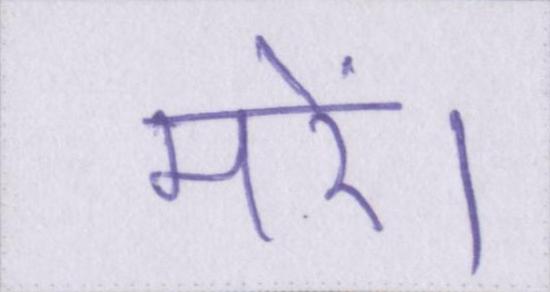
मरें।